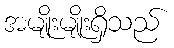
အမျိုးမျိုးရှိသည်